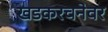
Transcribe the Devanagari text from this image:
खडकरचनेवर